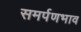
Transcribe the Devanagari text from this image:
समर्पणभाव